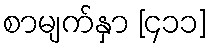
စာမျက်နှာ [၄၁၁]